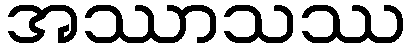
အဿာသဿ